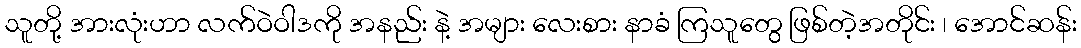
သူတို့ အားလုံးဟာ လက်ဝဲဝါဒကို အနည်း နဲ့ အများ လေးစား နာခံ ကြသူတွေ ဖြစ်တဲ့အတိုင်း ၊ အောင်ဆန်း